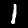
Label: 1